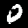
Label: 0